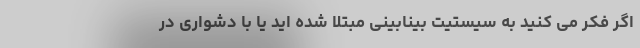
اگر فکر می کنید به سیستیت بینابینی مبتلا شده اید یا با دشواری در